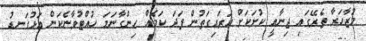
މުޒާހަރާ ތެރޭގައި ޖިނާއީ ކުށަކަށް އަރައިގަތުން ފަދަ ކަމެއް ހިންގާނަމަ ހުއްޓުވާނެކަން އަޅުގަނޑު